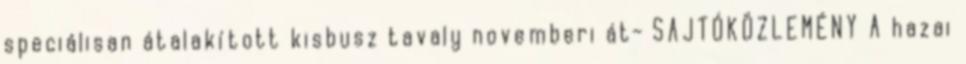
speciálisan átalakított kisbusz tavaly novemberi át- SAJTÓKÖZLEMÉNY A hazai